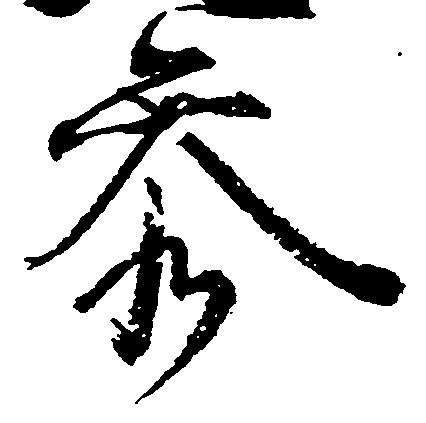
参